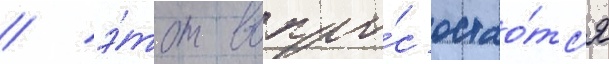
/ э́тот вопро́с остао́тс'я